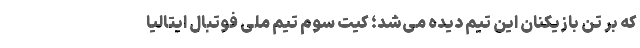
که بر تن بازیکنان این تیم دیده می‌شد؛ کیت سوم تیم ملی فوتبال ایتالیا